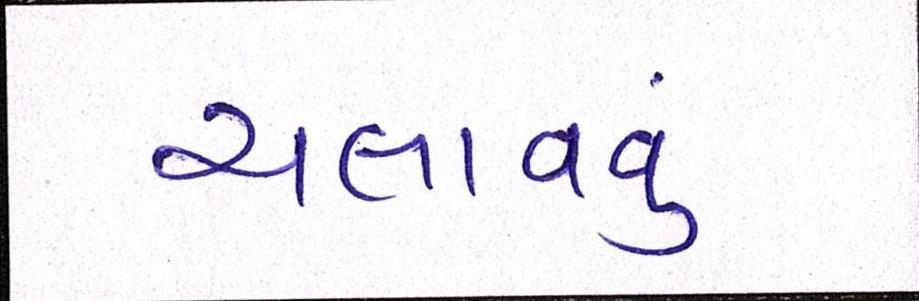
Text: ચલાવવું